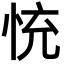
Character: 㤝